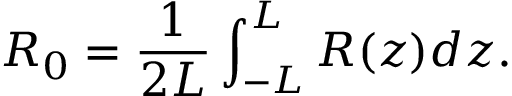
R _ { 0 } = \frac { 1 } { 2 L } \int _ { - L } ^ { L } R ( z ) d z .